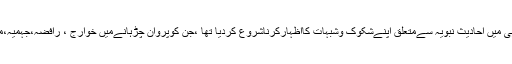
عمل بالحدیث کی تاکید اورتلقین کے باوجود کچھ گمراہ لوگوں نےعہد صحابہ ہی میں احادیث نبویہ سےمتعلق اپنےشکوک وشبہات کااظہارکرناشروع کردیا تھا ،جن کوپروان چڑہانےمیں خوارج ، رافضہ،جہمیہ،معتزلہ، اہل الرائے اور اس دور کے دیگر فرق ضالہ نےبھر پور کردار ادا کیا۔